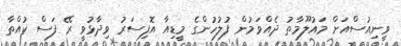
ވީނިއުސްއަށް މައުލޫމާތު ދެއްވަމުން ފުލުހުންގެ މީޑިއާ އޮފިސަރު ވިދާޅުވީ ރޭ ފަސް ކުއްތާ